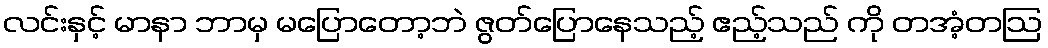
လင်းနှင့် မာနာ ဘာမှ မပြောတော့ဘဲ ဇွတ်ပြောနေသည့် ဧည့်သည် ကို တအံ့တဩ